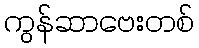
ကွန်ဆာဗေးတစ်